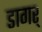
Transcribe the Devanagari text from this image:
डागर्